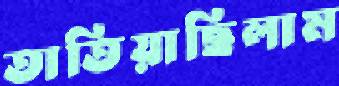
তাতিয়াছিলাম